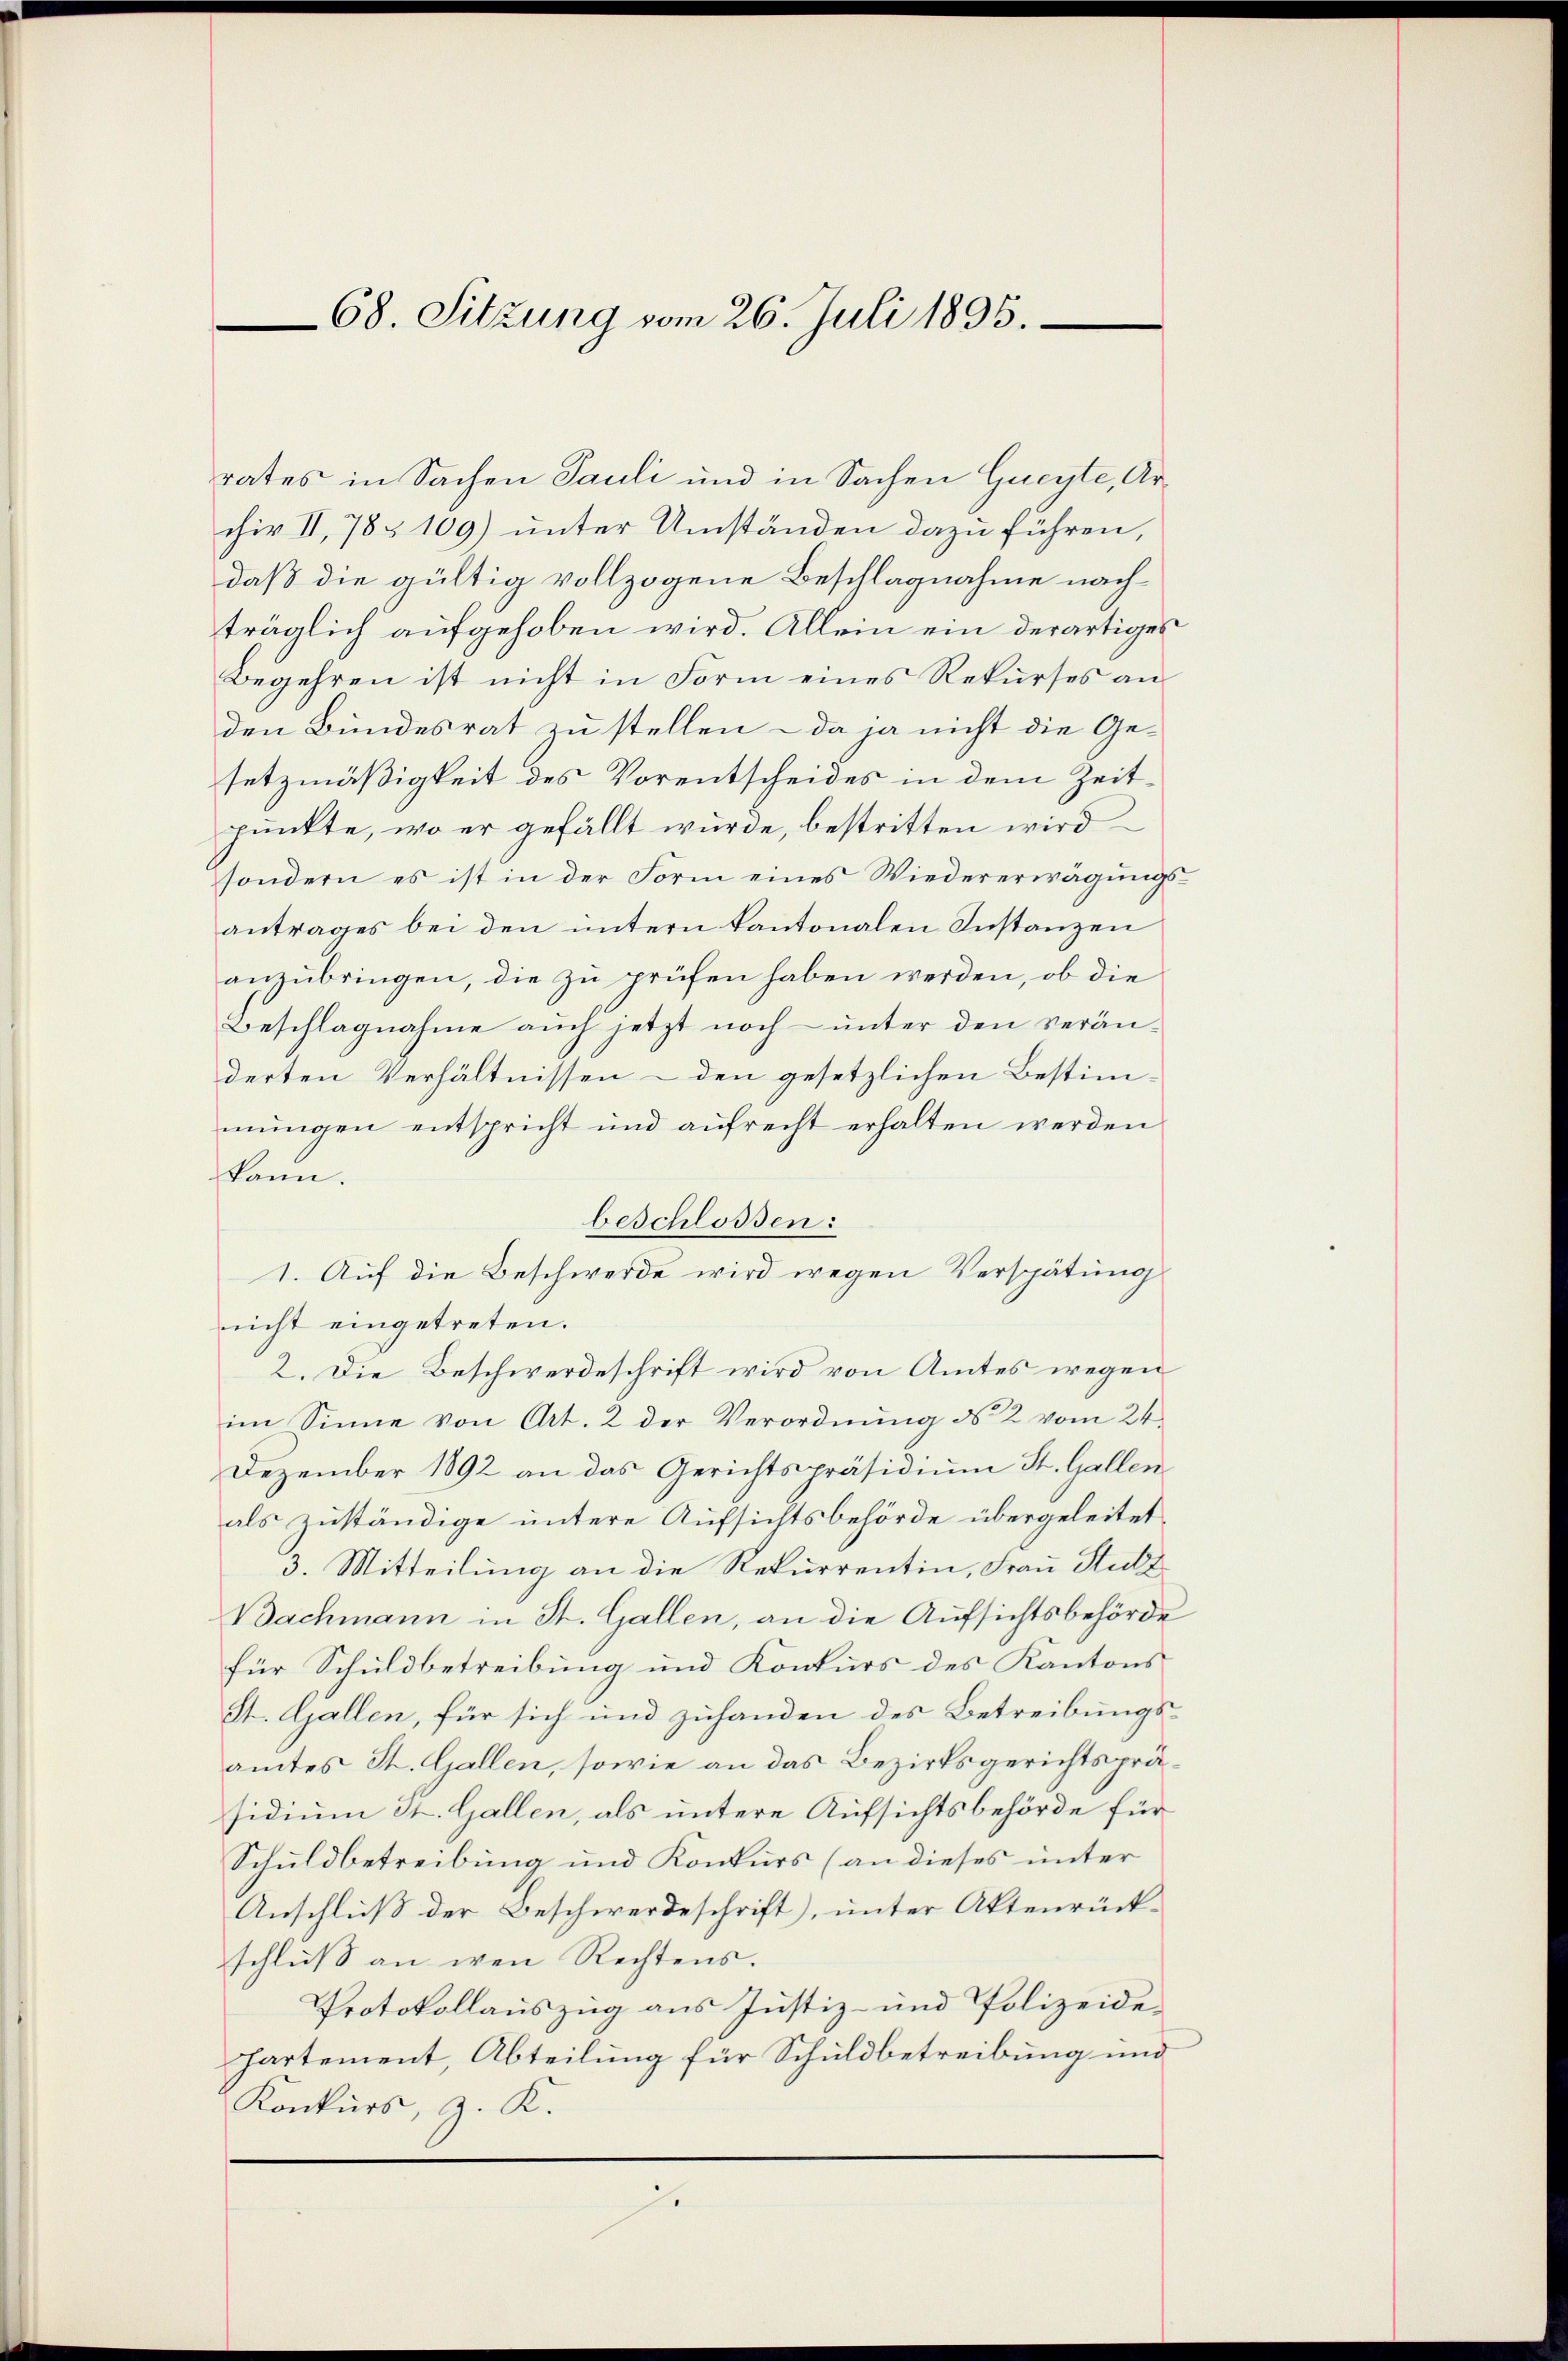
68. Sitzung vom 26. Juli 1895.

rates in Sachen Pauli und in Sachen Gueyte, Archir II, 78 § 109) unter Umständen dazu führen,
daß die gültig vollzogene Beschlagnahme nachträglich aufgehoben wird. Allein ein derartiges
Begehren ist nicht in Form eines Rekurses anden Bundesrat zu stellen – da ja nicht die Gesetzmäßigkeit des Vorentscheides in dem Zeitpunkte, wo er gefällt würde, bestritten wird
sondern es ist in der Form eines Wiedererwägungsantrages bei den untern kantonalen Instanzen
anzubringen, die zu prüfen haben werden, ob die
Beschlagnahme aŭch jetzt noch ŭnter den verän-
derten Verhältnissen - den gesetzlichen Bestimmungen entspricht und aufrecht erhalten werden
kann.
beschlossen:
1. Auf die Beschwerde wird wegen Verspätung
nicht eingetreten.
2. Die Beschwerdeschrift wird von Amtes wegen
im Sinne von Art. 2 der Verordnung des 2 vom 24.
Dezember 1892 an das Gerichtspräsidium St. Gallenals zuständige untere Aufsichtsbehörde übergeleitet.
3. Mitteilung an die Rekurrentin, Frau Stutz
Bachmann in St. Gallen, an die Aufsichtsbehörde
für Schuldbetreibung und Konkurs des Kantons
St. Gallen, für sich und zuhanden des Betreibungsamtes St. Gallen, sowie an das Bezirksgerichtspräsidium St. Gallen, als untere Aufsichtsbehörde für
Schuldbetreibung und Konkurs (an dieses unter
Anschluß der Beschwerdeschrift), unter Aktenrückschluß an wen Rechtens.
Protokollauszug aus Justiz- und Polizeide¬
Partement, Abteilung für Schuldbetreibung und
Konkurs, z. K.
e